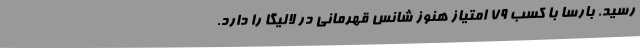
رسید. بارسا با کسب 79 امتیاز هنوز شانس قهرمانی در لالیگا را دارد.